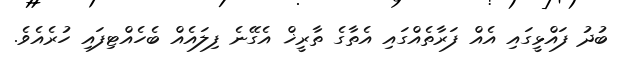
ބުދު ފައްޅީގައި އެއް ފަރާތެއްގައި އެތާގެ ތާރީޚް އެގޭނެ ފިލައެއް ބެހެއްޓިފައި ހުރެއެވެ.